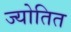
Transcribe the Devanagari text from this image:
ज्योतित